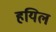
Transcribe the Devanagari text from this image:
हयिल